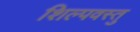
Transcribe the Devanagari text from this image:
शिल्पवस्तु